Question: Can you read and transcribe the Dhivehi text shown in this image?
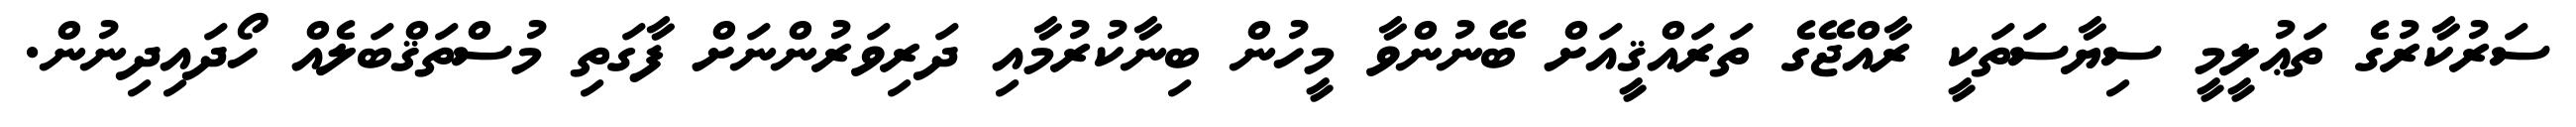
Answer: ސަރުކާރުގެ ތަޢުލީމީ ސިޔާސަތަކީ ރާއްޖޭގެ ތަރައްޤީއަށް ބޭނުންވާ މީހުން ބިނާކުރުމާއި ދަރިވަރުންނަށް ފާގަތި މުސްތަޤްބަލެއް ހޯދައިދިނުން.